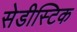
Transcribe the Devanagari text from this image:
सेडीस्टिक